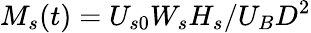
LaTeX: M_{s}(t)=U_{s0}W_{s}H_{s}/U_{B}D^{2}